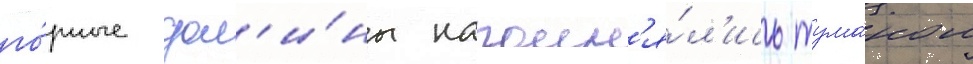
го́рные дол'и́ны наполн'я́л'ись тума́ном